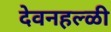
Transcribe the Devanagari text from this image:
देवनहल्ळी